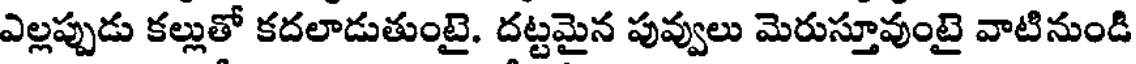
ఎల్లప్పుడు కల్లుతో కదలాడుతుంటై. దట్టమైన పువ్వులు మెరుస్తూవుంటై వాటినుండి